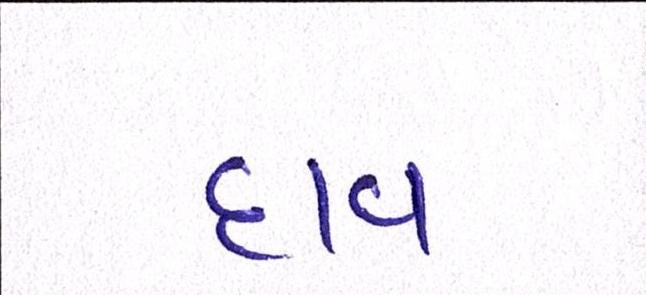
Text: દાવ